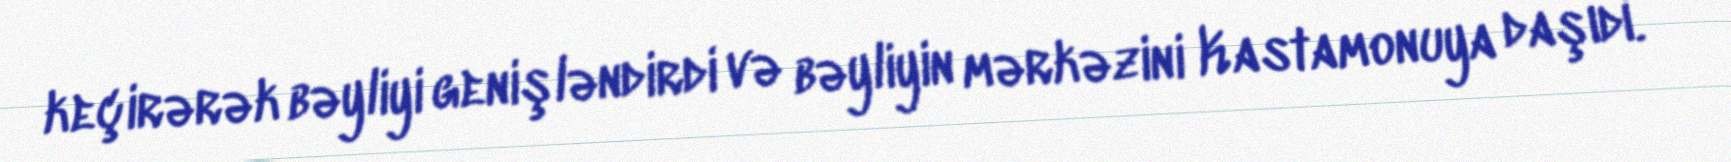
keçirərək bəyliyi genişləndirdi və bəyliyin mərkəzini Kastamonuya daşıdı.